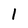
Character: l